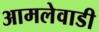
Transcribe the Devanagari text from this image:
आमलेवाडी